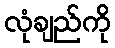
လုံချည်ကို